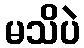
မသိပဲ